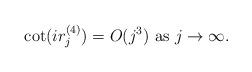
LaTeX: \begin{align*}\cot(ir_j^{(4)})=O(j^3) \mbox{ as }j\to\infty.\end{align*}